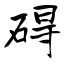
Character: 碍